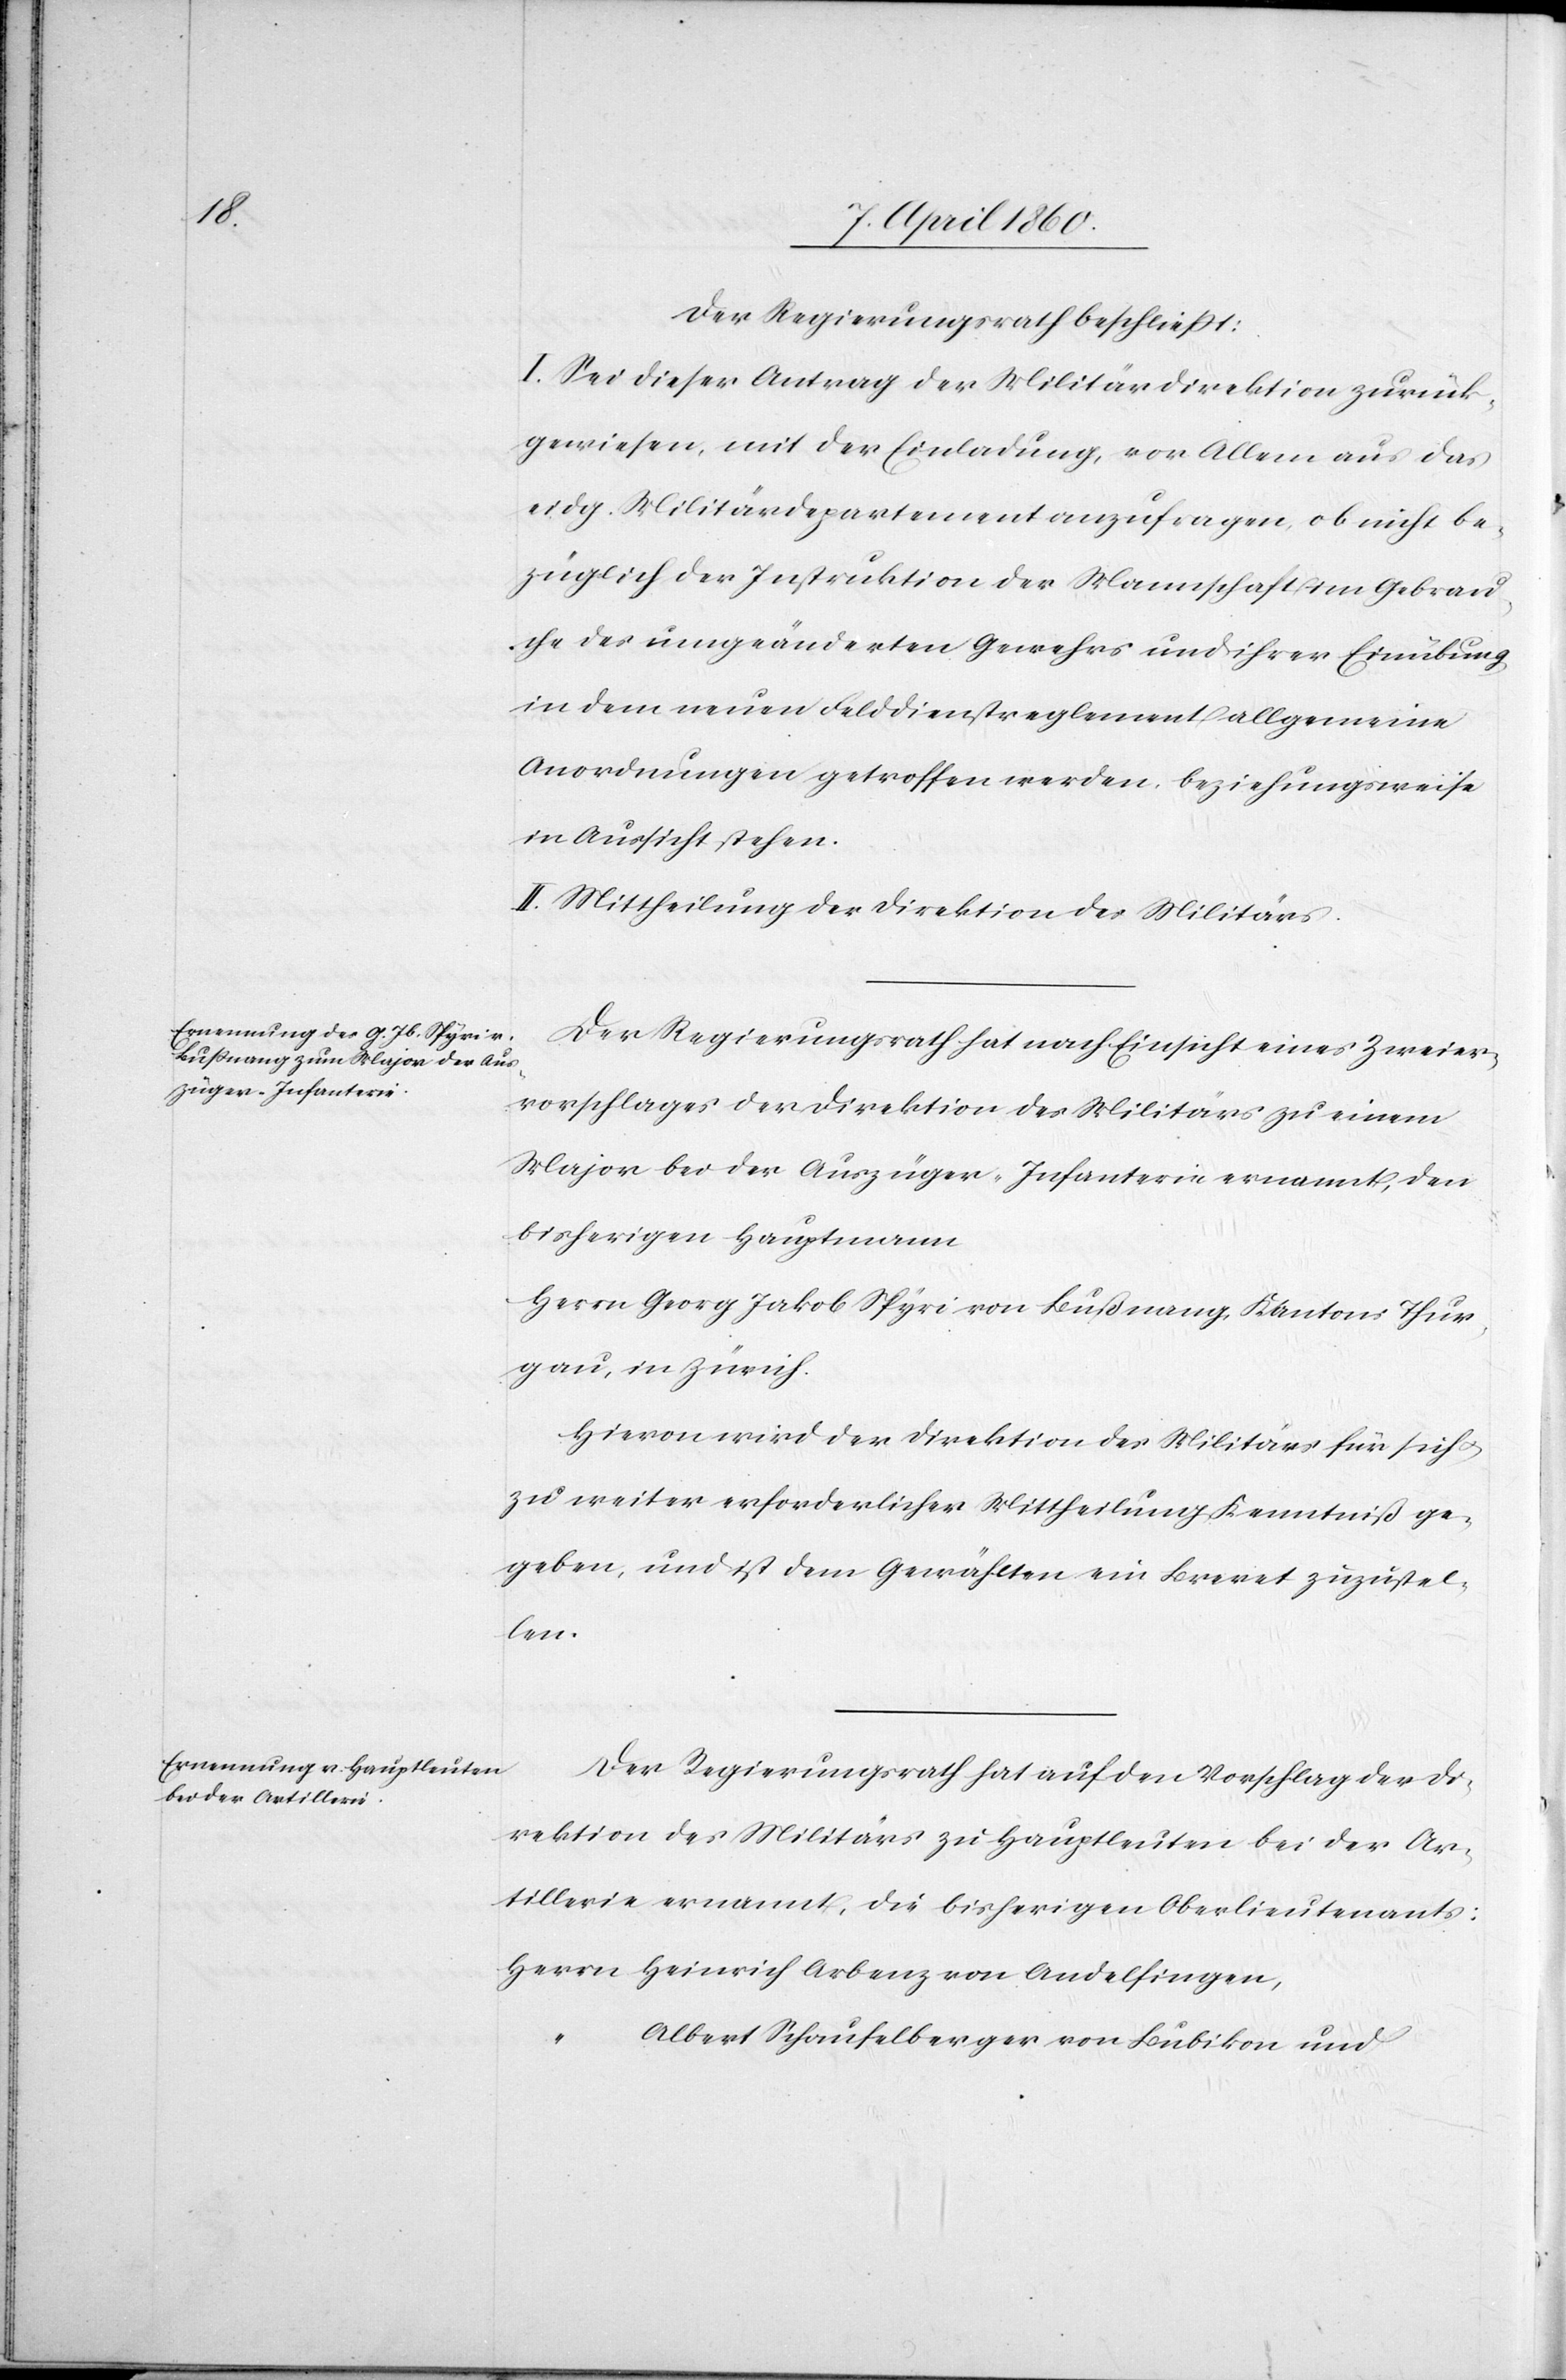
Der Regierungsrath beschliesst.
I. Sei dieser Antrag der Militärdirektion zurück¬
gewiesen, mit der Einladung, vor Allem aus das
eidg. Militärdepartement anzufragen, ob nicht be¬
züglich der Instruktion der Mannschaft im Gebrau¬
che des umgeänderten Gewehres und ihrer Einübung
in dem neuen Felddienstreglement allgemeine
Anordnungen getroffen werden, beziehungsweise
in Aussicht stehen.
II. Mittheilung der Direktion des Militärs.
Der Regierungsrath hat nach Einsicht eines Zweier¬
vorschlages der Direktion des Militärs zu einem
Major bei der Auszüger-Infanterie ernannt, den
bisherigen Hauptmann
Herrn Georg Jakob Spyri von Bußnang, Kantons Thur¬
gau, in Zürich.
Hievon wird der Direktion des Militärs für sich
zu weiter erforderlicher Mittheilung Kenntniss ge¬
geben, und ist dem Gewählten ein Brevet zuzustel¬
len.
Der Regierungsrath hat auf den Vorschlag der Di¬
rektion des Militärs zu Hauptleuten bei der Ar¬
tillerie ernannt, die bisherigen Oberlieutenants:
Herrn Heinrich Arbenz von Andelfingen,
“ Albert Schaufelberger von Bubikon und